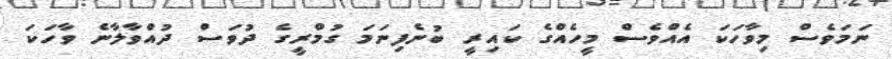
ނަމަވެސް މިވާހަކަ އެއްވެސް މީހެއްގެ ކައިރީ ބުނެފިނަމަ ގުމްރީގެ ދުވަސް ދުއްވާލާނެ ވާހަކަ